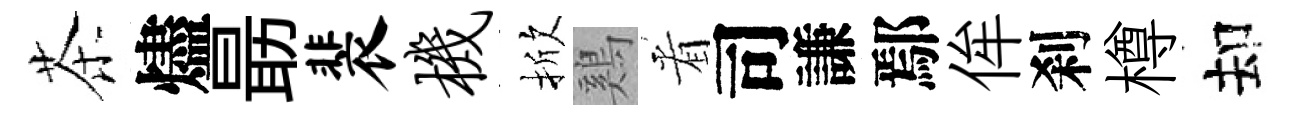
茶燼朂裴机掀鷄㸔司謙鄢侔刹樽却